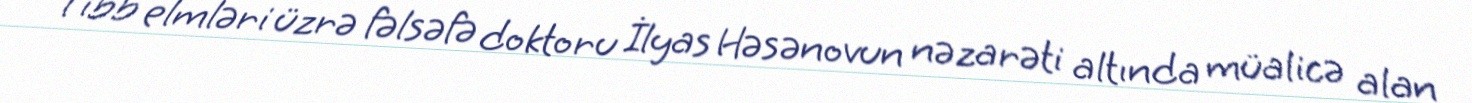
Tibb elmləri üzrə fəlsəfə doktoru İlyas Həsənovun nəzarəti altında müalicə alan